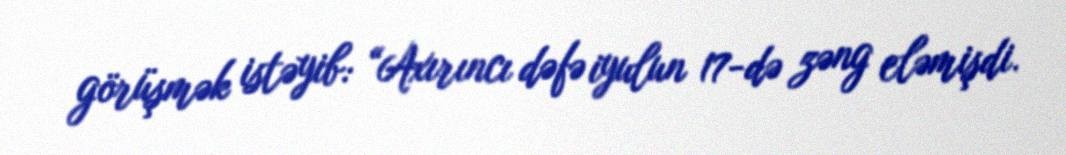
görüşmək istəyib: “Axırıncı dəfə iyulun 17-də zəng eləmişdi.